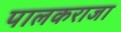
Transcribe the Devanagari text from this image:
पालकराजा